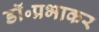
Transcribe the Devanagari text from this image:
डॉ॰प्रभाकर